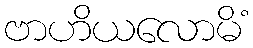
ဗာဟိယလောမိံ